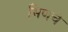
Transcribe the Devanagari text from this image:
मिणचे